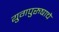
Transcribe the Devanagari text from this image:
युगपुरुषाचे